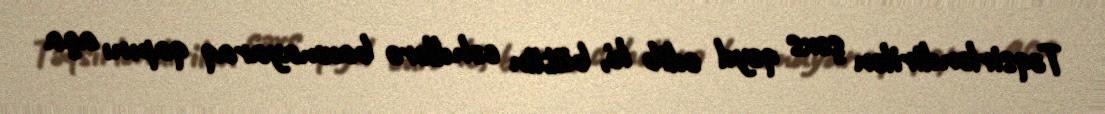
Təqsirləndirilən şəxs qeyd edib ki, bütün cəhdlərə baxmayaraq qapını aça